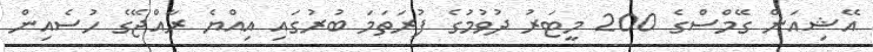
އޭޝިއަން ގޭމްސްގެ 200 މީޓަރު ދުވުމުގެ ފުރަތަމަ ބުރުގައި އިއްޔެ ރާއްޖޭގެ ހުސެއިން